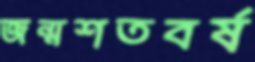
জন্মশতবর্ষ